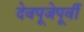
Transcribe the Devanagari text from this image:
देवपूजेपूर्वी